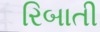
રિબાતી